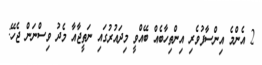
2 އެންމެ އިންސާފުވެރި އިންތިހާބެއް ބޭއްވީ މިދައުރުގައި ނަތީޖާއާ މެދު ވިސްނަން ޖެހޭ: